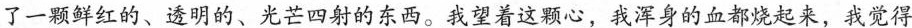
了一颗鲜红的、透明的、光芒四射的东西。我望着这颗心，我浑身的血都烧起来，我觉得